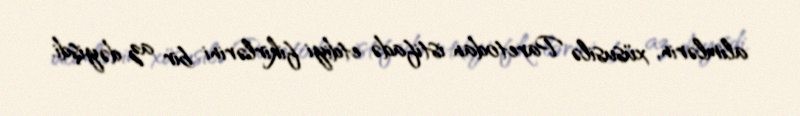
alimlərin, xüsusilə Paretodan istifadə etdiyi fikirlərini bir az dəyişdi.